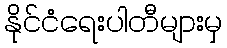
နိုင်ငံရေးပါတီများမှ